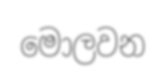
මොලවන